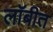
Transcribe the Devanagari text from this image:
लॉबीत